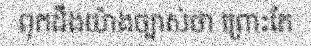
ពុកដឹងយ៉ាងច្បាស់ថា ព្រោះតែ